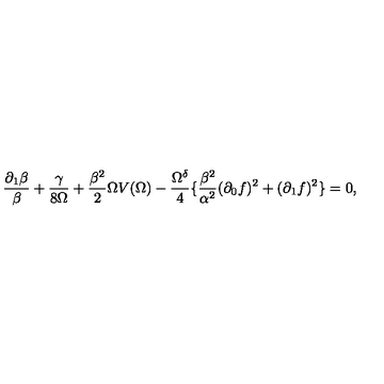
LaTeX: \frac { \partial _ { 1 } \beta } { \beta } + \frac { \gamma } { 8 \Omega } + \frac { \beta ^ { 2 } } { 2 } \Omega V ( \Omega ) - \frac { \Omega ^ { \delta } } { 4 } \{ \frac { \beta ^ { 2 } } { \alpha ^ { 2 } } ( \partial _ { 0 } f ) ^ { 2 } + ( \partial _ { 1 } f ) ^ { 2 } \} = 0 ,